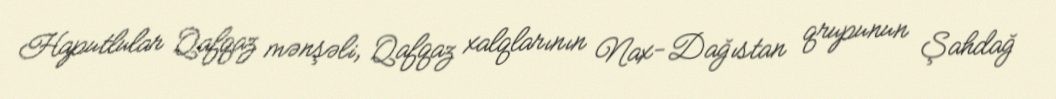
Haputlular Qafqaz mənşəli, Qafqaz xalqlarının Nax-Dağıstan qrupunun Şahdağ